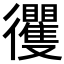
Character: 𢖦